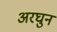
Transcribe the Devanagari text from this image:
अरघुन